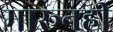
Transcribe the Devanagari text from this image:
मारूनही